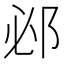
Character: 邲